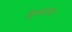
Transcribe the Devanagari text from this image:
हेमदपंत